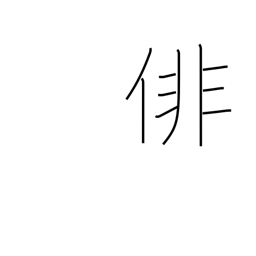
Meaning: haiku